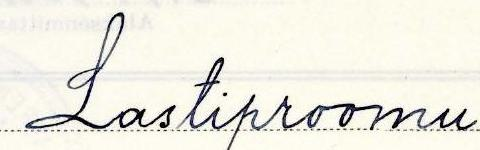
Lastiproomu